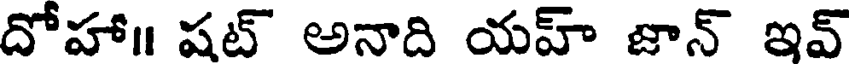
దోహా॥ షట్ అనాది యహ్ జాన్ ఇవ్